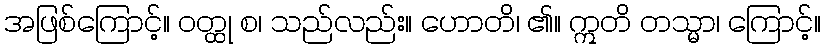
အဖြစ်ကြောင့်။ ဝတ္ထု စ၊ သည်လည်း။ ဟောတိ၊ ၏။ ဣတိ တသ္မာ၊ ကြောင့်။